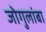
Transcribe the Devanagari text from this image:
जोगुलांबा